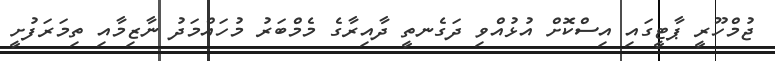
ޖުމްހޫރީ ޕާޓީގައި އިސްކޮށް އުޅުއްވި ދަގެނތީ ދާއިރާގެ މެމްބަރު މުހައްމަދު ނާޒިމާއި ތިމަރަފުށީ